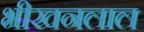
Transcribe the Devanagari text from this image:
भीखनलाल